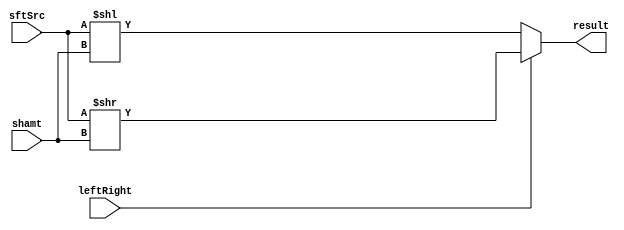
// Class: 109  
module Shifter( result, leftRight, shamt, sftSrc );

//I/O ports 
output	[32-1:0] result;

input			leftRight;
input	[5-1:0] shamt;
input	[32-1:0] sftSrc ;

//Internal Signals
wire	[32-1:0] result;

//Main function 
assign result = leftRight ? (sftSrc >> shamt) : (sftSrc << shamt);
	

endmodule